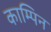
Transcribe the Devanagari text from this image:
काम्पिन